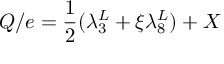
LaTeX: { \cal Q } / e = \frac { 1 } { 2 } ( \lambda _ { 3 } ^ { L } + \xi \lambda _ { 8 } ^ { L } ) + X